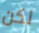
لكن